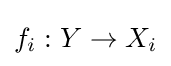
f_{i}:Y\to X_{i}